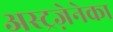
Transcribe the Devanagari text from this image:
अस्ट्रज़ेनेका